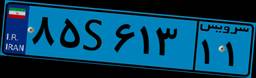
۸۵S۶۱۳۱۱